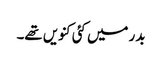
بدر میں کئی کنویں تھے۔